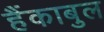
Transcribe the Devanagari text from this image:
हैंकाबुल